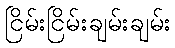
ငြိမ်းငြိမ်းချမ်းချမ်း